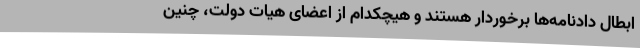
ابطال دادنامه‌ها برخوردار هستند و هیچکدام از اعضای هیات دولت، چنین